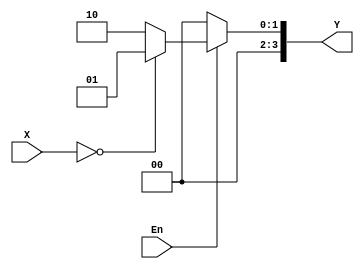
module Decoder_2to4(
    output reg [3:0] Y,
    input [1:0] X,
    input En
    );
    
    always @*
    if(En)
      case(X)
        0: Y = 2'b01;
        default: Y = 2'b10;
      endcase
    else
      Y = 0;
endmodule